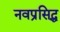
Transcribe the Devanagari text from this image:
नवप्रसिद्ध